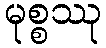
မုစ္စဿု